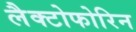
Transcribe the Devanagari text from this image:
लैक्टोफोरिन